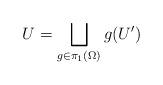
LaTeX: \begin{align*}U=\bigsqcup_{g\in\pi_1(\Omega)}g(U')\end{align*}